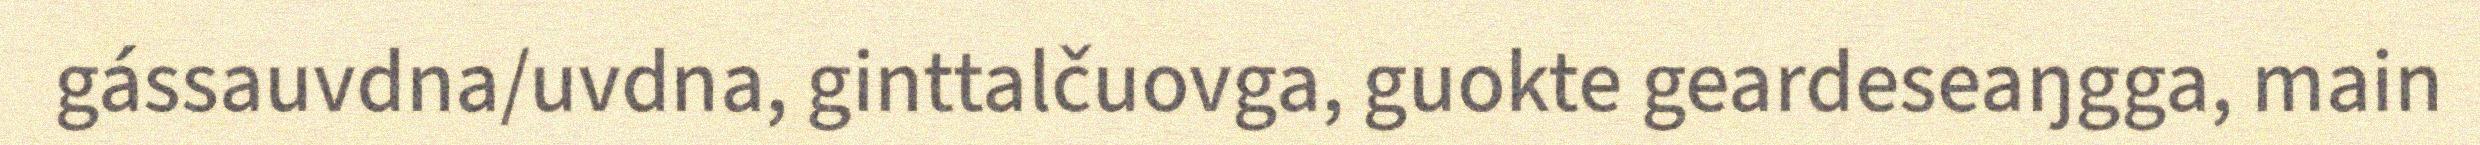
gássauvdna/uvdna, ginttalčuovga, guokte geardeseaŋgga, main